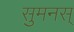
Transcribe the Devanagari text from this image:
सुमनस्